Scottish Leaving Certificate Examination, 1955
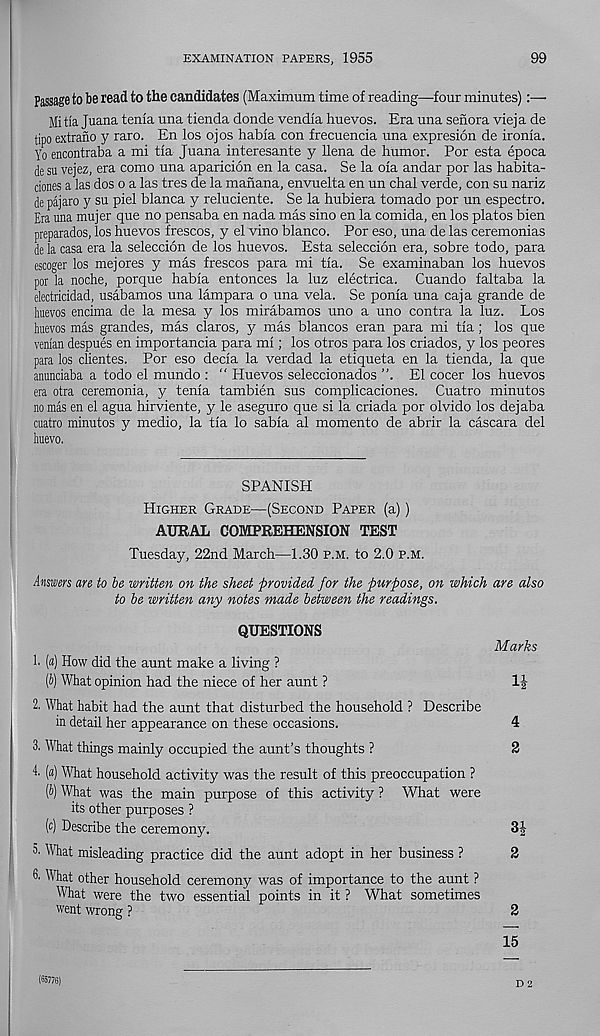
EXAMINATION PAPERS, 1955
99
Passage to be read to the candidates (Maximum time of reading—four minutes):—
Mi tia Juana tenia una tienda donde vendia huevos. Era una senora viej a de
tipo extrano y raro. En los ojos habia con frecuencia una expresion de ironia.
y 0 encontraba a mi tia Juana interesante y llena de humor. For esta epoca
de su vejez, era como una aparicion en la casa. Se la oia andar por las habita-
ciones a las dos o a las tres de la manana, envuelta en un chal verde, con su nariz
de pajaro y su piel blanca y reluciente. Se la hubiera tornado por un espectro.
Era una mujer que no pensaba en nada mas sino en la comida, en los platos bien
preparados, los huevos frescos, y el vino bianco. Por eso, una de las ceremonias
de la casa era la seleccion de los huevos. Esta seleccion era, sobre todo, para
escoger los mejores y mas frescos para mi tia. Se examinaban los huevos
por la noche, porque habia entonces la luz electrica. Cuando faltaba la
electricidad, usabamos una lampara o una vela. Se ponia una caja grande de
huevos encima de la mesa y los mirabamos uno a uno contra la luz. Los
huevos mas grandes, mas claros, y mas blancos eran para mi tia; los que
venian despues en importancia para mi; los otros para los criados, y los peores
para los clientes. Por eso decia la verdad la etiqueta en la tienda, la que
anunciaba a todo el mundo : “ Huevos seleccionados ”. El cocer los huevos
era otra ceremonia, y tenia tambien sus complicaciones. Cuatro minutos
no mas en el agua hirviente, y le aseguro que si la criada por olvido los dejaba
cuatro minutos y medio, la tia lo sabia al momento de abrir la cascara del
huevo.
SPANISH
Higher Grade—(Second Paper (a))
AURAL COMPREHENSION TEST
Tuesday, 22nd March—1.30 P.M. to 2.0 p.m.
Answers are to be written on the sheet provided for the purpose, on which are also
to be written any notes made between the readings.
QUESTIONS
1. («) How did the aunt make a living ?
[b) What opinion had the niece of her aunt ?
Marks
2. What habit had the aunt that disturbed the household ? Describe
in detail her appearance on these occasions.
4
3. What things mainly occupied the aunt’s thoughts ?
2
(a) What household activity was the result of this preoccupation ?
(b) What was the main purpose of this activity ? What were
its other purposes ?
(c) Describe the ceremony.
SI-
S' What misleading practice did the aunt adopt in her business ?
2
3' What other household ceremony was of importance to the aunt ?
What were the two essential points in it ? What sometimes
went wrong ?
2
15
(65776)